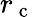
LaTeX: r_{\mathrm{~c~}}